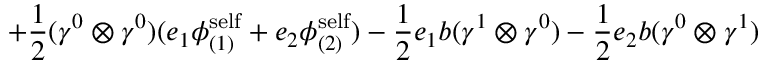
+ \frac { 1 } { 2 } ( { \gamma } ^ { 0 } \otimes { \gamma } ^ { 0 } ) ( e _ { 1 } { \phi } _ { ( 1 ) } ^ { \mathrm { s e l f } } + e _ { 2 } { \phi } _ { ( 2 ) } ^ { \mathrm { s e l f } } ) - \frac { 1 } { 2 } e _ { 1 } b ( { \gamma } ^ { 1 } \otimes { \gamma } ^ { 0 } ) - \frac { 1 } { 2 } e _ { 2 } b ( { \gamma } ^ { 0 } \otimes { \gamma } ^ { 1 } )